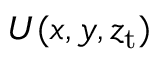
U ( x , y , z _ { \mathrm { t } } )